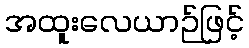
အထူးလေယာဉ်ဖြင့်